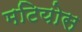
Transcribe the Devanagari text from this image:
मटियोस